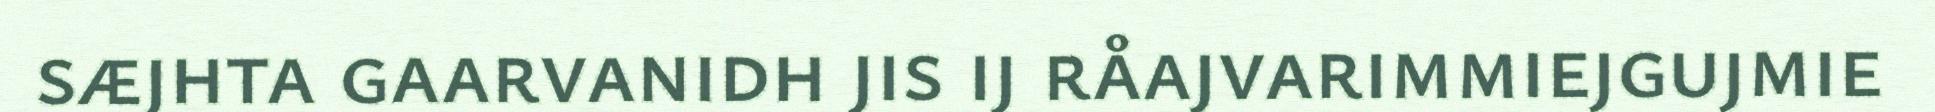
sæjhta gaarvanidh jis ij råajvarimmiejgujmie